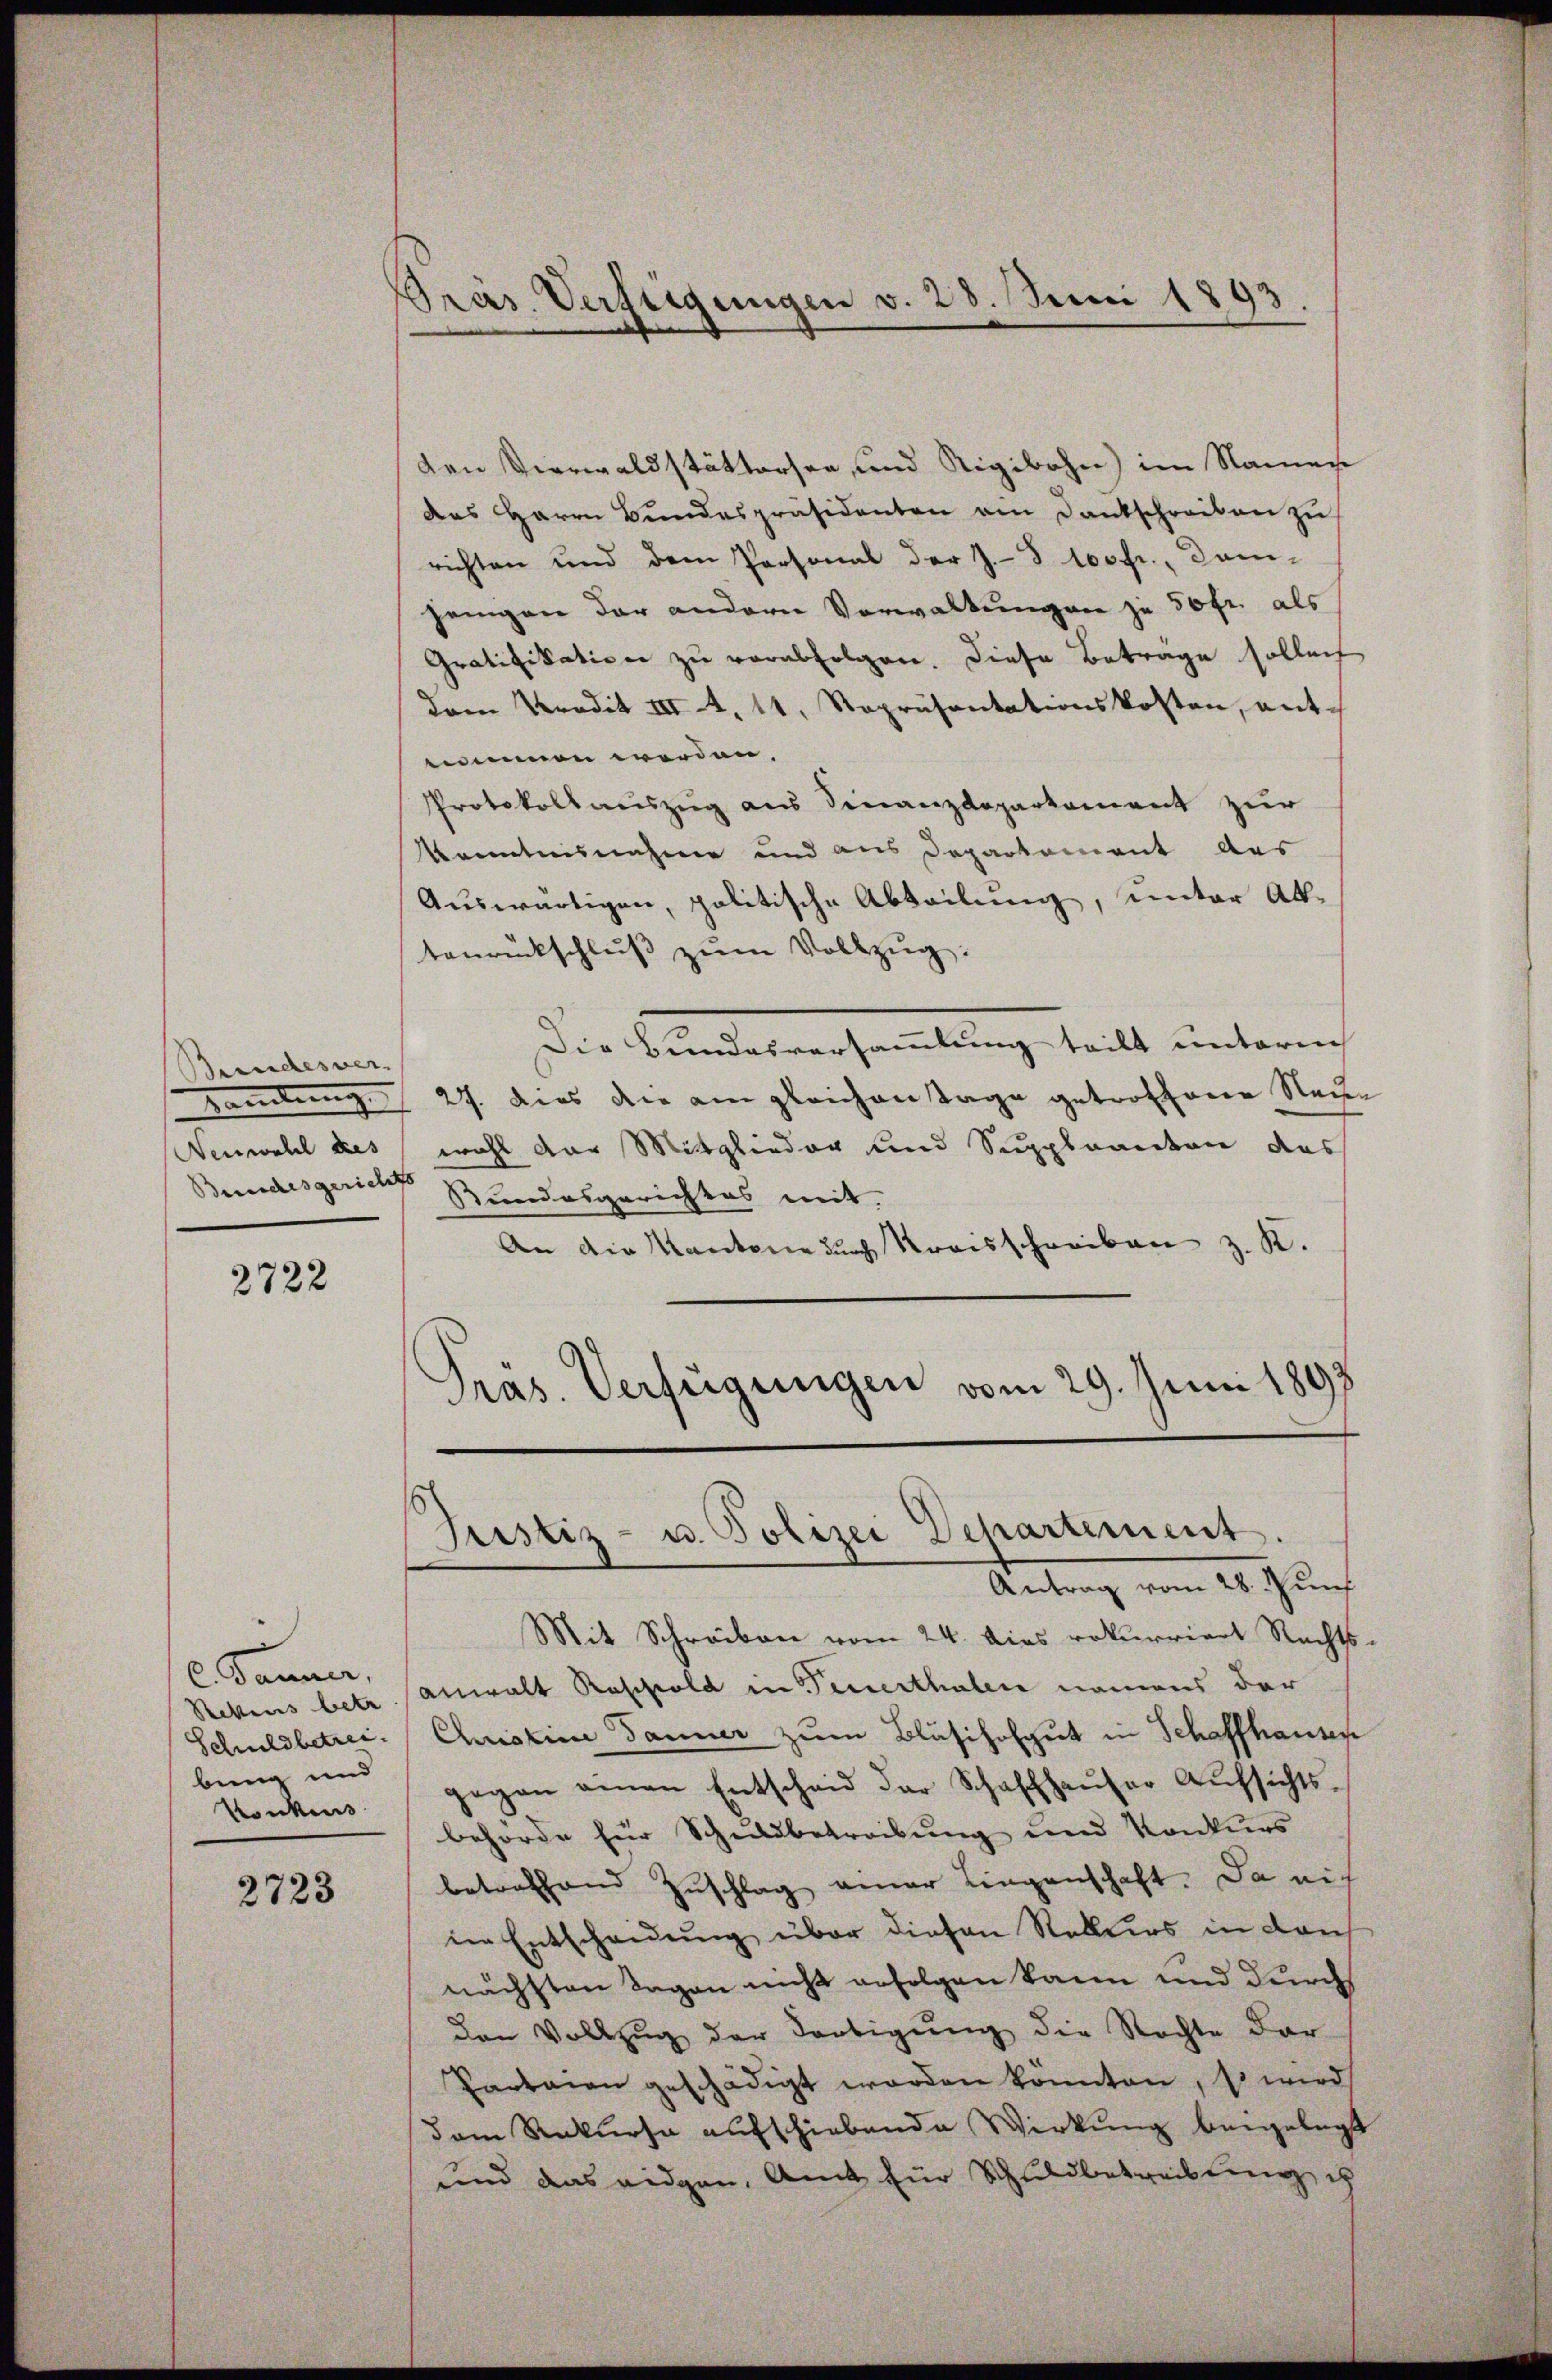
Bundesver
Bertung
Neuwahl des

2722

C. Tanner,
Rettens betr
Schuldbetreibung und
Rankens

2723

Bräs. Verfügungen v. 28. Juni 1893

den Verwaldstättersen, und Rigibahn im Namen
das Herrn Bundespräsidenten am Dankschreiben zu
richten und dem Personal der J. S. 100fr., Damheingen der andern Verwaltungen zu 50 fr. als
Gratifikation zu verabfolgen. Diese Betrage sollen
dem Predit III 4, 11. Repräsentationskosten, entnimmen werden,
Protokollauszug aus Finanzdeparkoment zur
Kenntnisnahme und aus Departement aus
Auswärtigen, politische Abteilung, unter Aktanrückschlŭβ zŭm Vollzŭg:
Die Bundesversammlung teilt unterm
27. Dies die am gleichen Tage getroffenen Neuen
wohl der Mitglieder und Suppleanton das
Bundesgerich Bundesgerichtes mit.
An die Kantone durch Kreisschreiben z. K.
Präs. Verfügungen vom 29. Juni 1893

Justiz- u. Polizei Departement.

Antrag vom 28. Juni
Mit Schreiben vom 24. dies rekurriert Rechts-
Anwalt Roschold in Feuerthalen namens der
Christine Tanner zum Bläsihofgut in Schaffhausen
gegen einen Entscheid der Schaffhaŭser Aŭfsichts-
behörde für Schuldbetreibung und Konkurs
betreffend Zuschlag einer Liegenschaft. Da mit
in Entscheidung über diesen Rekurs in dans
nächsten Tagen nicht erfolgen kann und durch
den Vollzug der Fortigŭng die Rechte dar-
Parteien geschädigt worden konnten, so wird
dem Rekurse aufschiebende Wirkung beigelegt
und das eidgen. Amt für Schuldbetreibung ich